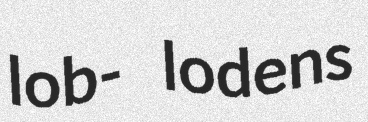
lob- lodens